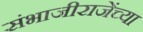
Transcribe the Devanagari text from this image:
संभाजीराजेंच्या